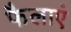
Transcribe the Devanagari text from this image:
फैलाएं